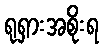
ရုရှားအစိုးရ